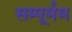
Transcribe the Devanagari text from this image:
सम्पूर्मम